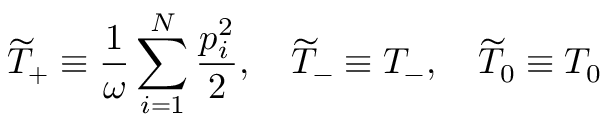
\widetilde { T } _ { + } \equiv \frac { 1 } { \omega } \sum _ { i = 1 } ^ { N } \frac { p _ { i } ^ { 2 } } { 2 } , \quad \widetilde { T } _ { - } \equiv T _ { - } , \quad \widetilde { T } _ { 0 } \equiv T _ { 0 }